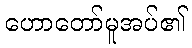
ဟောတော်မူအပ်၏